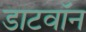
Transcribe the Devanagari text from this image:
डाटवॉन